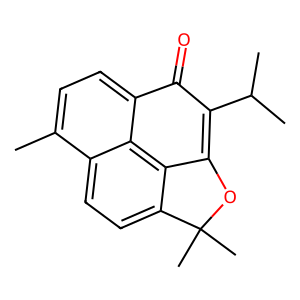
SMILES: Cc1ccc2c3c4c(ccc13)C(C)(C)OC4=C(C(C)C)C2=O
Inhibits HIV replication: No